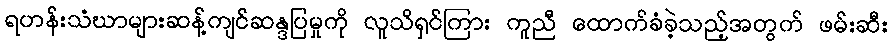
ရဟန်းသံဃာများဆန့်ကျင်ဆန္ဒပြမှုကို လူသိရှင်ကြား ကူညီ ထောက်ခံခဲ့သည့်အတွက် ဖမ်းဆီး